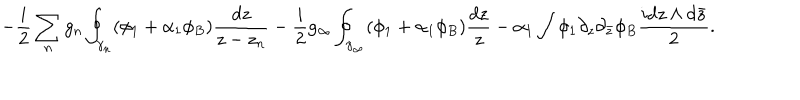
- \frac { i } { 2 } \sum _ { n } g _ { n } \oint _ { \gamma _ { n } } ( \phi _ { 1 } + \alpha _ { 1 } \phi _ { B } ) \frac { d z } { z - z _ { n } } - \frac { i } { 2 } g _ { \infty } \oint _ { \gamma _ { \infty } } ( \phi _ { 1 } + \alpha _ { 1 } \phi _ { B } ) \frac { d z } { z } - \alpha _ { 1 } \int \phi _ { 1 } \partial _ { z } \partial _ { \bar { z } } \phi _ { B } \frac { i d z \wedge d \bar { z } } { 2 } .